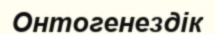
Онтогенездік